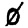
Digit: 0